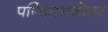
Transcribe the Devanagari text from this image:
पण्डितराजोत्तर